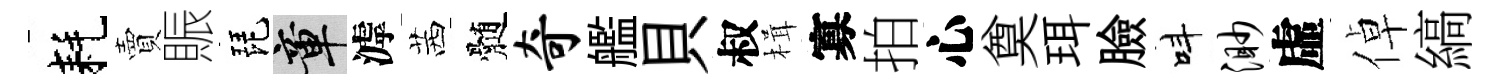
耗賣賑琵章滹茜髄奇艦貝叔楫寡拍心奠珥臉呌渺虛倬縞